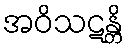
အဝိသဋန္တိ